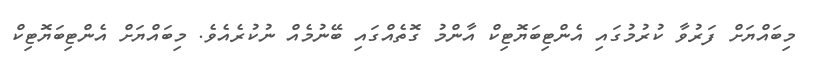
މިބައްޔަށް ފަރުވާ ކުރުމުގައި އެންޓިބަޔޮޓިކް އާންމު ގޮތެއްގައި ބޭނުމެއް ނުކުރެއެވެ. މިބައްޔަށް އެންޓިބަޔޮޓިކް